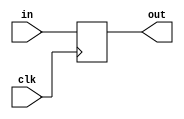
module program_counter_register (in, out, clk);
    input [31:0] in;
    output reg [31:0] out;
    input clk;

    initial begin
        out = 32'b0;
    end

    always @(negedge clk) begin
		out = in;
	end
endmodule